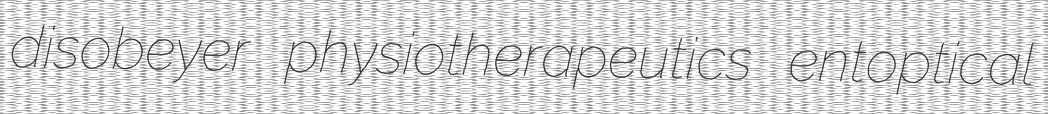
disobeyer physiotherapeutics entoptical